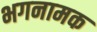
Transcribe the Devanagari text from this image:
भगनामक